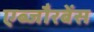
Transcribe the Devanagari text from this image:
एब्जौरबेंस